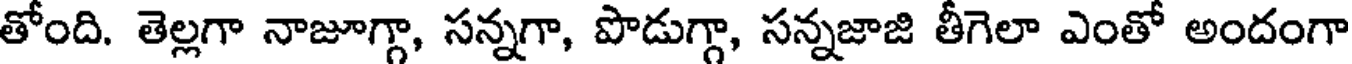
తోంది. తెల్లగా నాజూగ్గా, సన్నగా, పొడుగ్గా, సన్నజాజి తీగెలా ఎంతో అందంగా